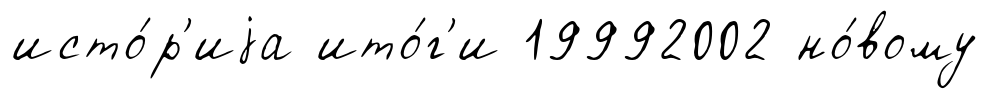
исто́р'иjа ито́г'и 19992002 но́вому